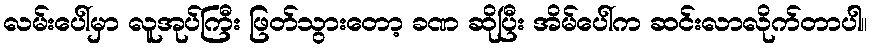
လမ်းပေါ်မှာ လူအုပ်ကြီး ဖြတ်သွားတော့ ခဏ ဆိုပြီး အိမ်ပေါ်က ဆင်းလာလိုက်တာပါ။